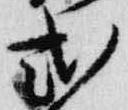
式